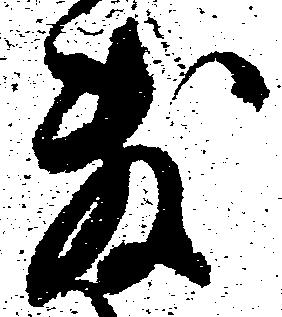
敷